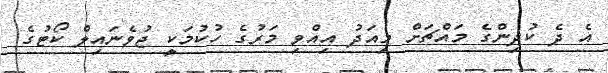
އެ ދެ ކުދިންގެ މައްޗަށް މިއަދު އިއްވި މަރުގެ ހުކުމަކީ ޖުވެނައިލް ކޯޓުގެ